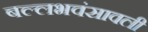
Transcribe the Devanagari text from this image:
बल्लभवंसावली